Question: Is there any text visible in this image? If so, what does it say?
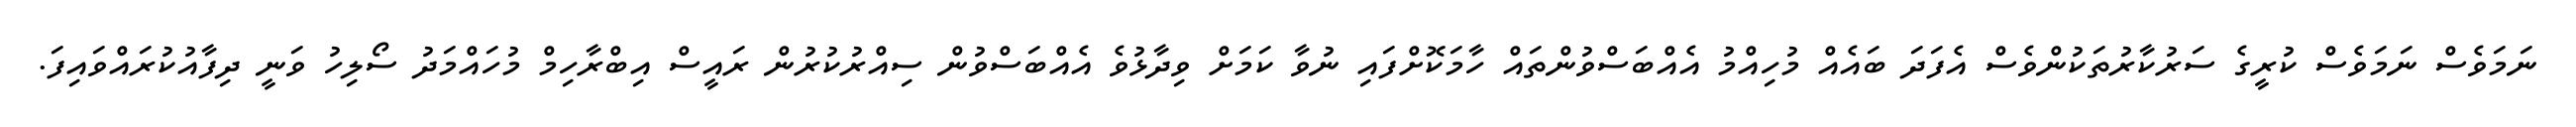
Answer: ނަމަވެސް ނަމަވެސް ކުރީގެ ސަރުކާރުތަކުންވެސް އެފަދަ ބައެއް މުހިއްމު އެއްބަސްވުންތައް ހާމަކޮށްފައި ނުވާ ކަމަށް ވިދާޅުވެ އެއްބަސްވުން ސިއްރުކުރުން ރައީސް އިބްރާހިމް މުހައްމަދު ސޯލިހު ވަނީ ދިފާއުކުރައްވައިފަ.